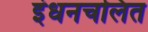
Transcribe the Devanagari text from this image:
इंधनचलित